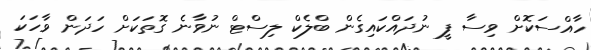
ހާއްސަކޮށް ވިސާ ފީ ނުދައްކައިގެން ބްލެކް ލިސްޓް ނުވާނެ ގޮތަކަށް ހަދަން ވާހަކަ